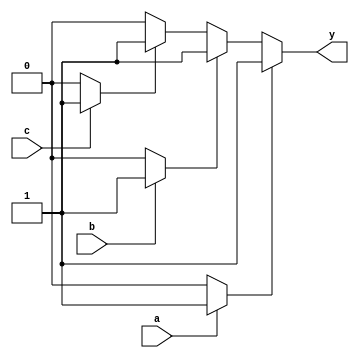
module MultipleDrivers (
    input wire a,      // Driver 1 input
    input wire b,      // Driver 2 input
    input wire c,      // Driver 3 input
    output wire y      // Output signal driven by multiple drivers
);

// Internal signals for individual driver values
wire driver1, driver2, driver3;

// Driver 1: Active if 'a' is high
assign driver1 = a ? 1'b1 : 1'b0;

// Driver 2: Active if 'b' is high, but has lower priority than driver 1
assign driver2 = b ? 1'b1 : 1'b0;

// Driver 3: Active if 'c' is high, lowest priority
assign driver3 = c ? 1'b1 : 1'b0;

// Priority resolution logic
assign y = (driver1) ? 1'b1 : 
           (driver2) ? 1'b1 : 
           (driver3) ? 1'b1 : 
           1'b0; // Default value when no drivers are active

endmodule